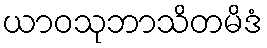
ယာဝသုဘာသိတမိဒံ